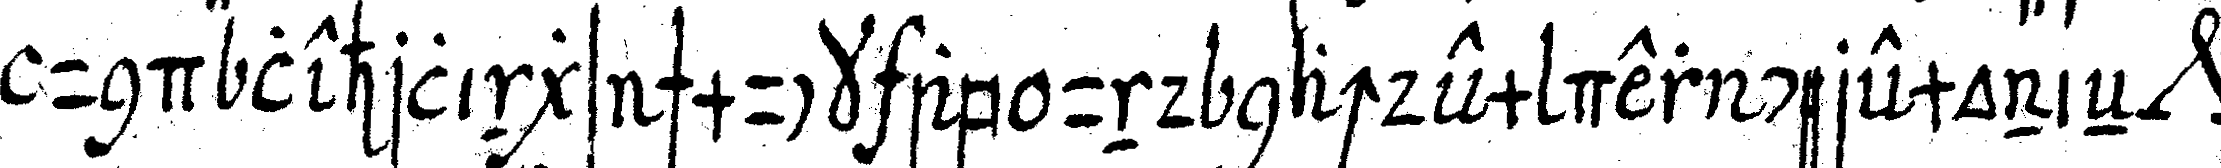
und lehrlings schmuck ab und nachdem der ceremonieN *nee*